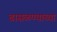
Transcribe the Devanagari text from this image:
ढासळण्याच्या